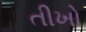
તીખો